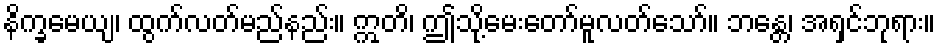
နိက္ခမေယျ၊ ထွက်လတ်မည်နည်း။ ဣတိ၊ ဤသို့မေးတော်မူလတ်သော်။ ဘန္တေ၊ အရှင်ဘုရား။